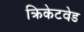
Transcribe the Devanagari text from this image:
क्रिकेटवेड